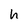
Character: h